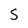
Character: 5